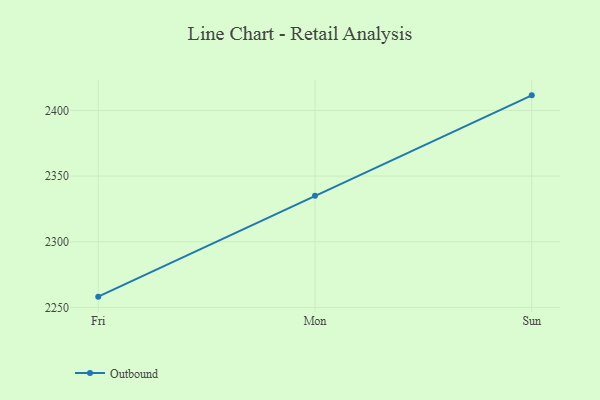
{"axis": {"x": "Day", "y": "Active Users"}, "legend": ["Outbound"], "data": [{"x": "Fri", "y": 2258.2, "type": "Outbound"}, {"x": "Mon", "y": 2335.0, "type": "Outbound"}, {"x": "Sun", "y": 2411.5, "type": "Outbound"}]}